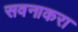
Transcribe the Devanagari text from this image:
सवनाकरा